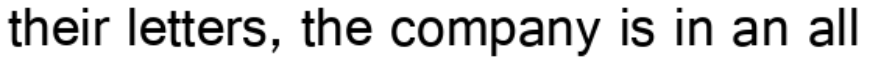
their letters, the company is in an all